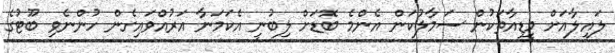
ލައިލާއަށް މީޑިއާތަކުން ސަމާލުކަން އެންމެ ބޮޑަށް ލިބުނީ އެކަމަނާ އަރުއްވައިގެން ހުންނެވި ބޫޓުގެ